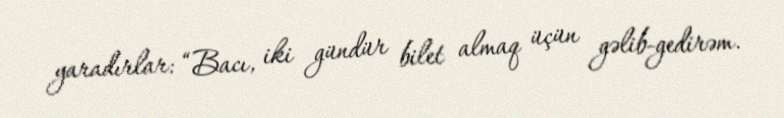
yaradırlar: “Bacı, iki gündür bilet almaq üçün gəlib-gedirəm.